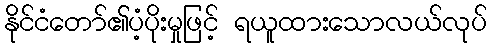
နိုင်ငံတော်၏ပံ့ပိုးမှုဖြင့် ရယူထားသောလယ်လုပ်